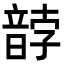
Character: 䪬